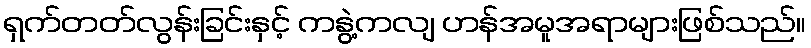
ရှက်တတ်လွန်းခြင်းနှင့် ကနွဲ့ကလျ ဟန်အမူအရာများဖြစ်သည်။